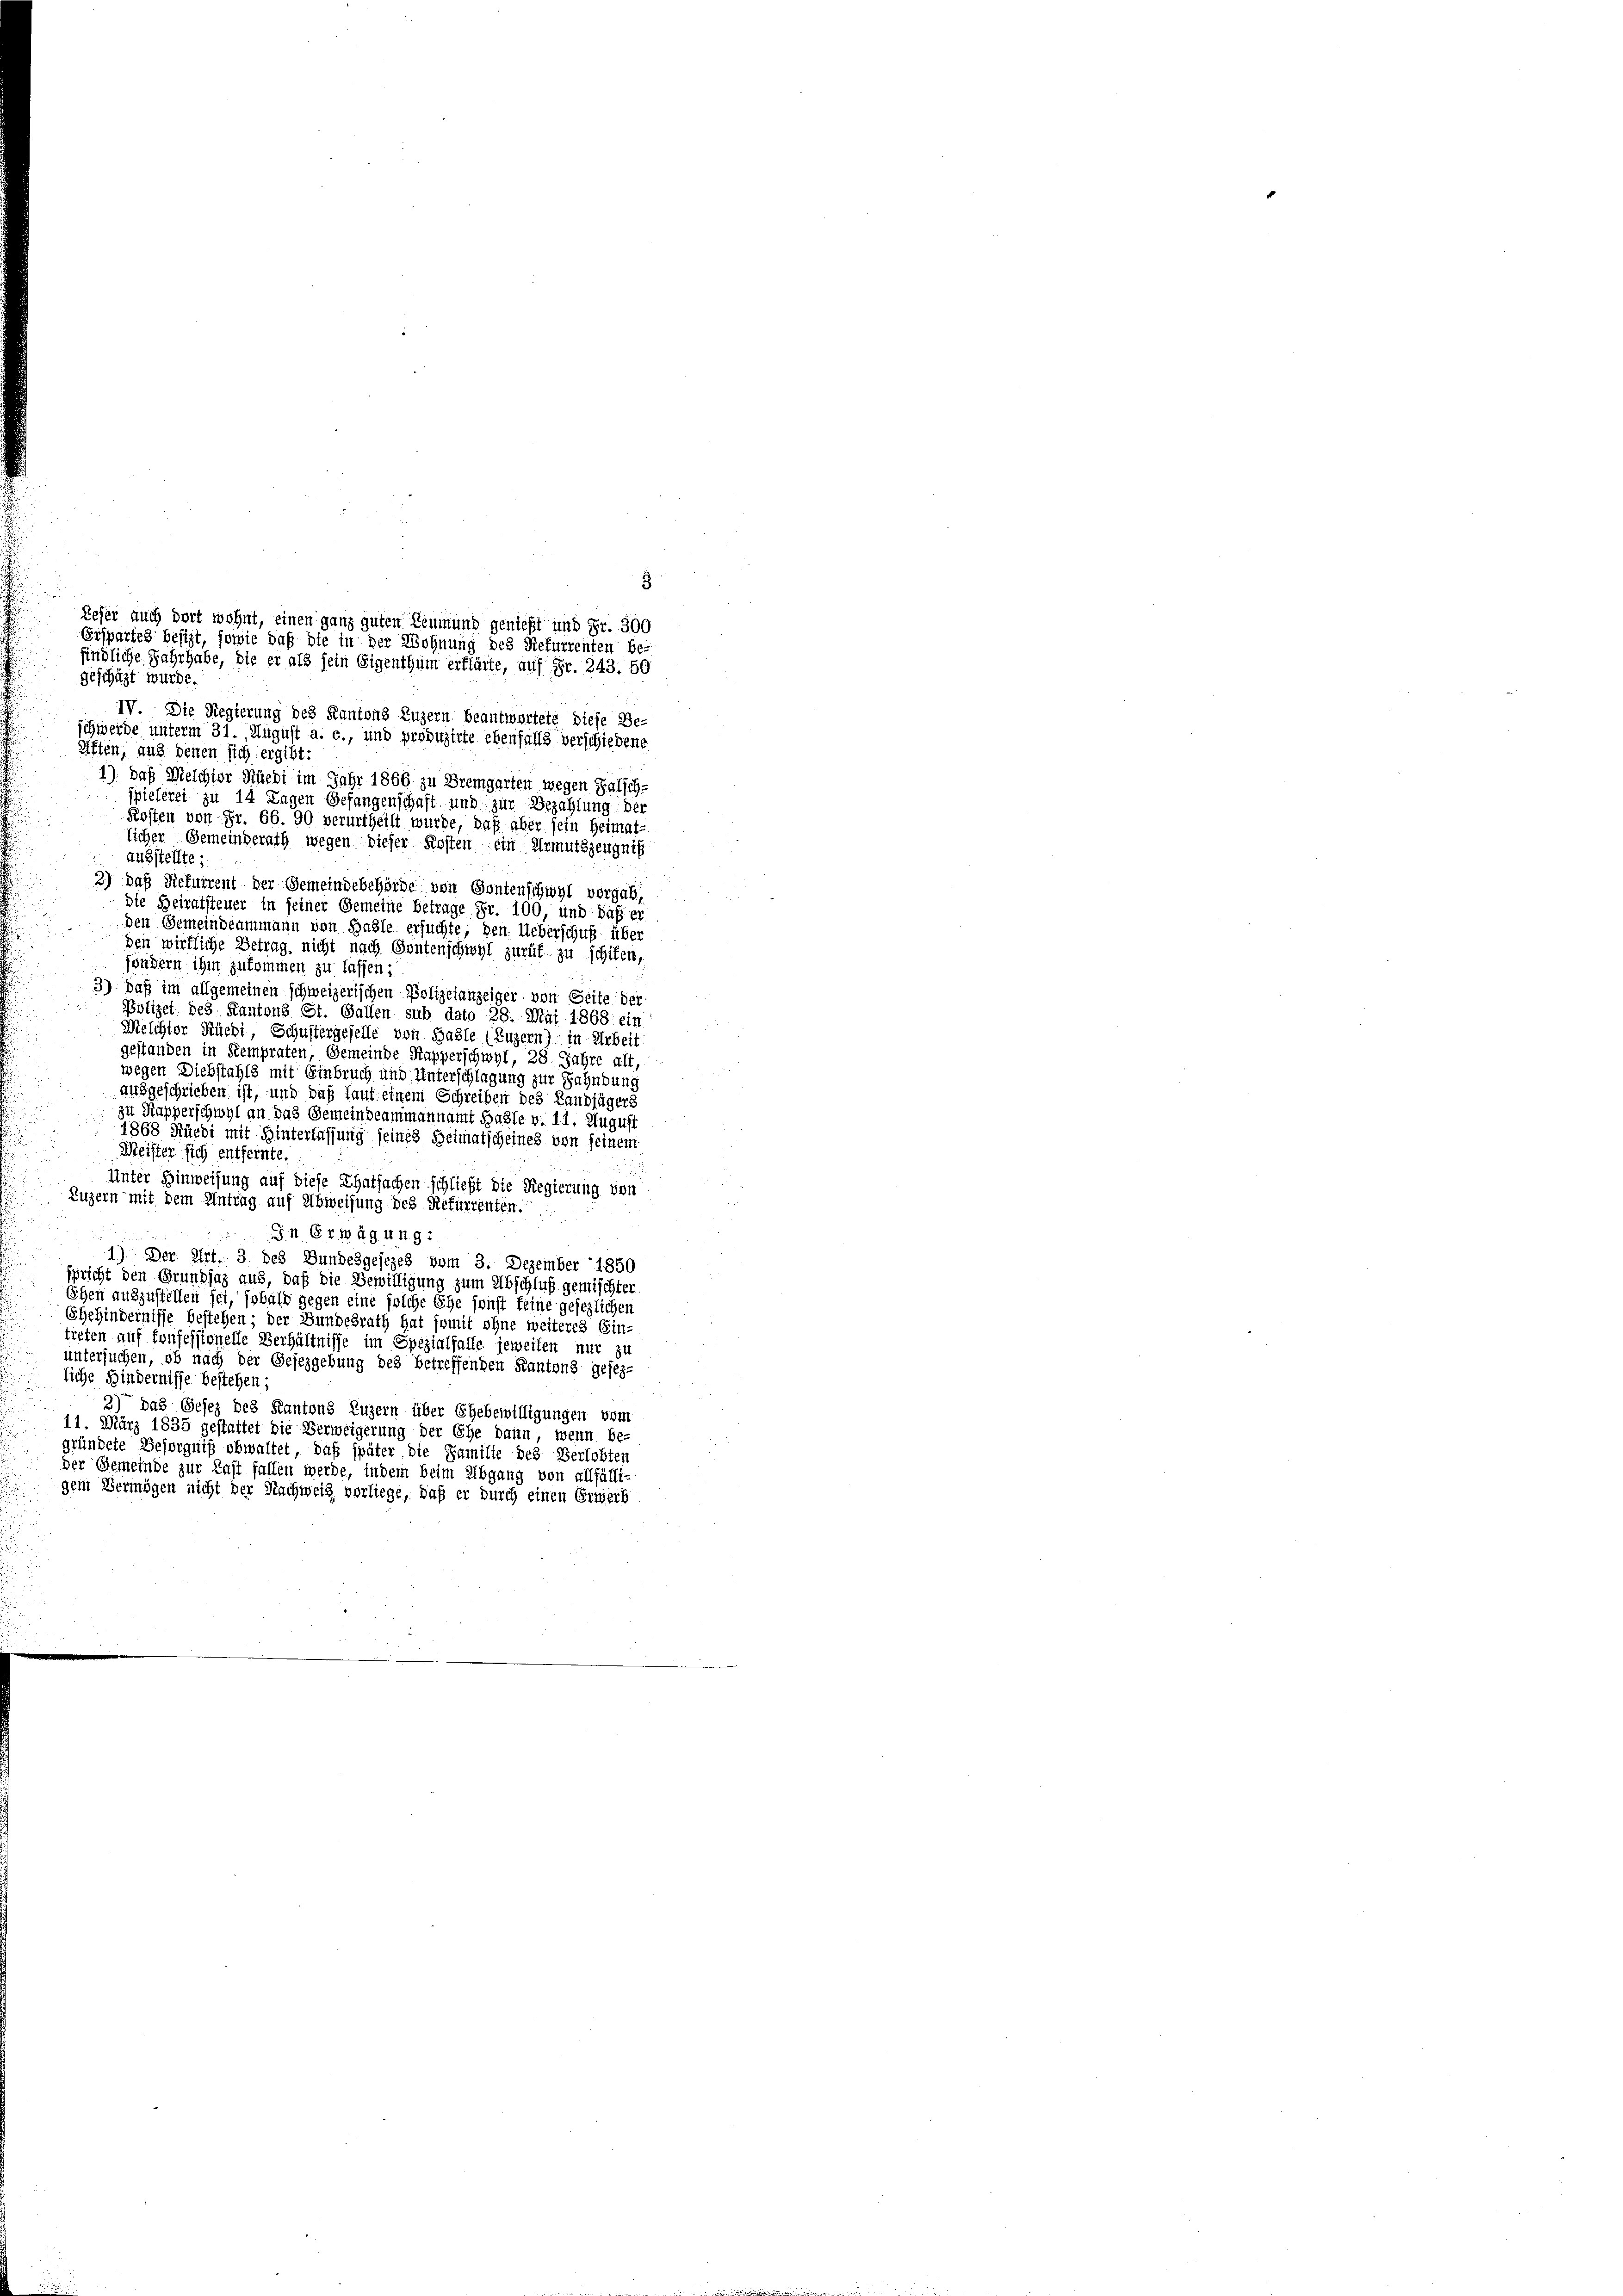
geschüzt wurde.
IV. Die Regierung des Kantons Luzern beantwortete diese Be-
schwerde unterm 31. August a. c., und produzirte ebenfalls verschiedene
Riffen, aus denen sich ergibt:
1) Daß Melchior Rucht im Jahr 1866 zu Bremgarten wegen Falsch-
spielerei zu 14 Tagen Gefangenschaft und zur Bezahlung der
Kosten von Fr. 66. 90 verurtheilt wurde, daß aber sein Heimat-
ausstellte.
die Beiratsteuer in seiner Gemeine betrage Fr. 100, und daß er
den Gemeindeammann von Basle ersuchte, den Ueberschuß über
den wirkliche Betrag, nicht nach Gontenschwyl zurük zu schiten,
fondern ihm zukommen zu lassen;
3) Daß im allgemeinen schweizerischen Polizeianzeiger von Seite der
Polizei des Kantons St. Gallen sub dato 28. Mai 1868 ein
Melchter Rüedi, Schustergeselle von Basle (Luzern) in Arbeit
gestanden in Stempraten, Gemeinde Kapperschwyl, 28. Jahre alt,
wegen Diebstahls mit Einbruch und Unterschlagung zur Fahndung
ausgeschrieben ist, und daß laut einem Schreiben des Landjägers
zu Kapperschwyl an das Gemeindeammannamt Basle v. 11. August
1868 Rüedi mit Hinterlassung seines Heimatscheines von seinem
Meister sich entfernte.
Unter Hinweisung auf diese Thatsachen schließt die Regierung von
Luzern mit dem Antrag auf Abweisung des Refurrenten.
S. 11 Gr. 1849. 411. 81
1) Der Art. 3 des Bundesgesezes vom 3. Dezember 1850
spricht den Grundsaz aus, daß die Bewilligung zum Abschluß gemischter
Ehen auszustellen sei, sobald gegen eine solche Ehe sonst keine gesezlichen
Ehehindernisse bestehen; der Bundesrath hat somit ohne weiteres Ein-
treten auf konfessionelle Verhältnisse im Spezialfalle jeweilen nur zu
untersuchen, ob nach der Gesezgebung des betreffenden Kantons gesezliche Hindernisse bestehen;
3) das Gesetz des Kantons Luzern über Ehebewilligungen vom
11. März 1835 gestattet die Verweigerung der Ehe dann, wenn be-
gründete Besorgniß obwaltet, daß später die Familie des Verlobten
der Gemeinde zur Last fallen werde, indem beim Abgang von allfälli-
gem Vermögen nicht der Nachweig vorliege, daß er durch einen Erwerb

3.
Refer auch dort wohnt, einen ganz guten Leumund genießt und Fr. 300
Erspartes besizt, sowie daß die in der Wohnung des Refurrenten be-
findliche Jahrhabe, die er als sein Eigenthum erklärte, auf Fr. 243. 50

licher Gemeinderath wegen dieser Kosten ein Armutszeugniß
2) Daß Refurrent der Gemeindebehörde von Gontenschwyl vorgab,